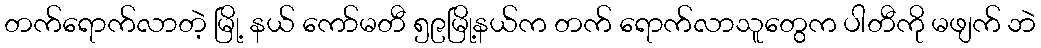
တက်ရောက်လာတဲ့ မြို့ နယ် ကော်မတီ ၅၉မြို့နယ်က တက် ရောက်လာသူတွေက ပါတီကို မဖျက် ဘဲ